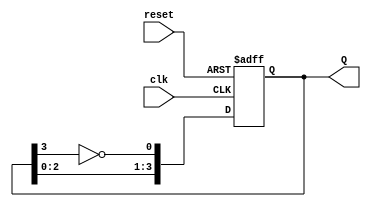
module johnson_counter (
    input wire clk,     // Clock input
    input wire reset,   // Reset input
    output reg [3:0] Q  // Counter output (4 flip-flops)
);

    // Always block triggered on the clock's rising edge
    always @(posedge clk or posedge reset) begin
        if (reset) begin
            Q <= 4'b0000;  // Reset the counter to 0000
        end else begin
            // Johnson counter state transitions
            Q[0] <= ~Q[3];  // DFF0 takes the inverted output of DFF3
            Q[1] <= Q[0];   // DFF1 takes the output of DFF0
            Q[2] <= Q[1];   // DFF2 takes the output of DFF1
            Q[3] <= Q[2];   // DFF3 takes the output of DFF2
        end
    end

endmodule